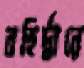
বহির্দ্বারে